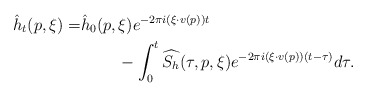
\begin{align*}\hat{h}_t(p,\xi) = & \hat{h}_0(p,\xi)e^{-2\pi i \left(\xi \cdot v(p)\right)t}\\ & \;\;\;\;\;\;\;\;- \int_0^t \widehat{S_h}(\tau,p, \xi )e^{-2\pi i \left(\xi \cdot v(p)\right)(t-\tau)}d\tau.\end{align*}